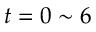
t = 0 \sim 6